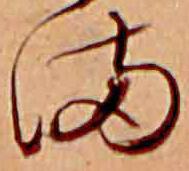
ま